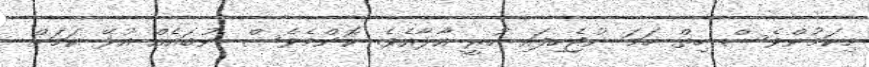
މިކަމުންވެސް ހިތް ހަމަ ނުޖެހިފައި ހުރީ އާލާއެވެ. ކޮންމެވެސް ނުބައެއް އުޅޭ ކަމަށް